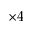
\times 4